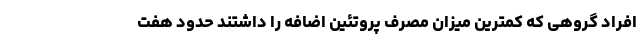
افراد گروهی که کمترین میزان مصرف پروتئین اضافه را داشتند حدود هفت